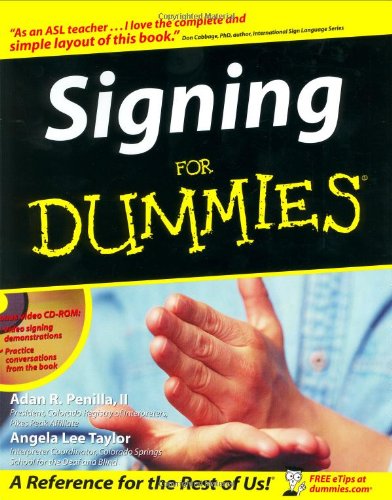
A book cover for Signing For Dummies; Adan R. Penilla II; Reference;